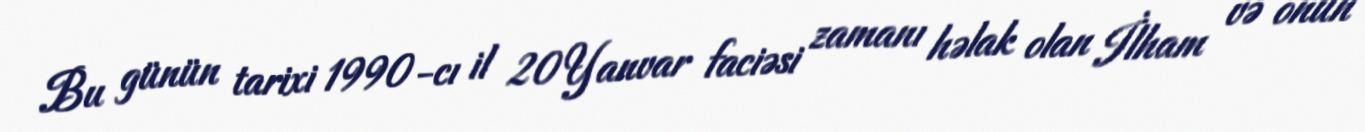
Bu günün tarixi 1990-cı il 20 Yanvar faciəsi zamanı həlak olan İlham və onun